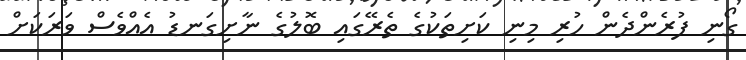
ގޯނި ފުރެންދެން ހުރި މިނި ކަށިތަކުގެ ތެރޭގައި ބޮލުގެ ނާށިގަނޑު އެއްވެސް ވަރަކަށް